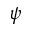
\psi